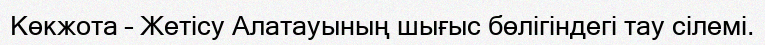
Көкжота – Жетісу Алатауының шығыс бөлігіндегі тау сілемі.